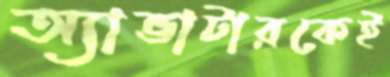
অ্যাভাটারকেই